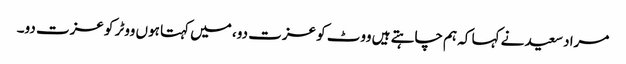
مراد سعید نے کہا کہ ہم چاہتے ہیں ووٹ کو عزت دو، میں کہتا ہوں ووٹر کو عزت دو۔